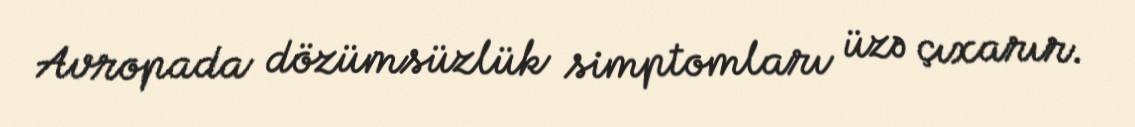
Avropada dözümsüzlük simptomları üzə çıxarır.